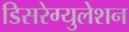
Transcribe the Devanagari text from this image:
डिसरेग्युलेशन